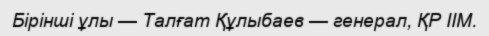
Бірінші ұлы — Талғат Құлыбаев — генерал, ҚР ІІМ.